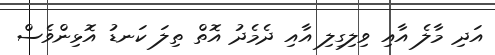
އަދި މާލެ އާއި ވިލިގިލި އާއި ދެމެދު އޮތް ތިލަ ކަނޑު އޮޅިންވެސް